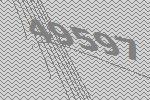
49597